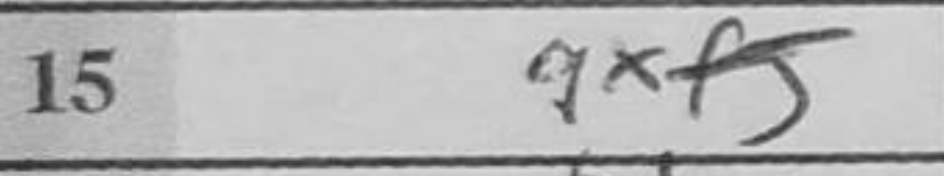
Transcription: gxf5